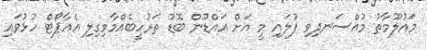
މައުލޫމާތު މުއްސަނދިވި ފުލައި މީ އަށް އައްޑޫން ބޮޑު ތަރުހީބެއްމާމިގިލި އެއާޕޯޓް ހުޅުވައި